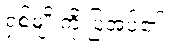
ရှစ်မျိုးကို ပြအပ်၏။